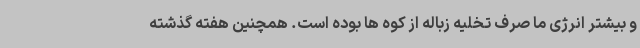
و بیشتر انرژی ما صرف تخلیه زباله از کوه ها بوده است. همچنین هفته گذشته